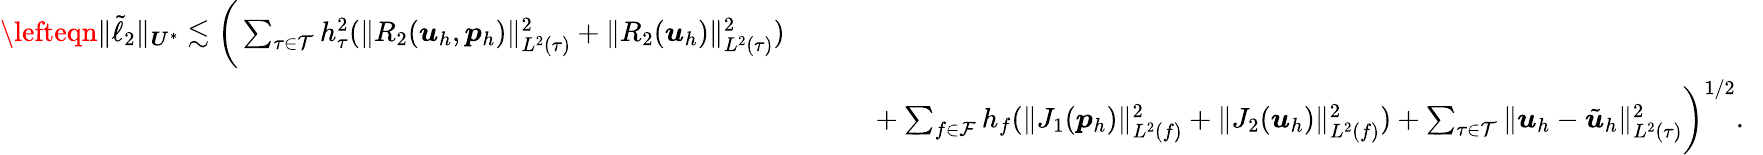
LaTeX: \begin{array}{rlr}{\lefteqn{\| \tilde{\ell}_{2}\| _{\boldsymbol{U}^{*}}\lesssim\bigg(\sum_{\tau\in\mathcal{T}}h_{\tau}^{2}(\| R_{2}(\boldsymbol{u}_{h},\boldsymbol{p}_{h})\| _{L^{2}(\tau)}^{2}+\| R_{2}(\boldsymbol{u}_{h})\| _{L^{2}(\tau)}^{2})}}\\ &{}&{\ \ \ \ +\sum_{f\in\mathcal{F}}h_{f}(\| J_{1}(\boldsymbol{p}_{h})\| _{L^{2}(f)}^{2}+\| J_{2}(\boldsymbol{u}_{h})\| _{L^{2}(f)}^{2})+\sum_{\tau\in\mathcal{T}}\| \boldsymbol{u}_{h}-\tilde{\boldsymbol{u}}_{h}\| _{L^{2}(\tau)}^{2}\bigg)^{1/2}.\ \ }\end{array}